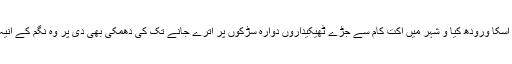
بیٹھک میں بھاجپا کے پارشد راجیش کالیا نے اسکا ورودھ کیا و شہر میں اکت کام سے جڑے ٹھیکیداروں دوارہ سڑکوں پر اترے جانے تک کی دھمکی بھی دی پر وہ نگم کے انیہ سبھی پارشدوں کے آگے الگ تھلگ پڑ گئے۔